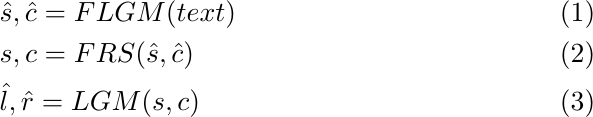
\begin{align}
\setlength{\abovedisplayskip}{0pt}
\setlength{\belowdisplayskip}{0pt}
    &\hat{s},\hat{c}=FLGM(text)\\
    &s,c=FRS(\hat{s},\hat{c})\\
    &\hat{l},\hat{r}=LGM(s,c)
\end{align}